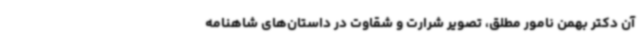
آن دکتر بهمن نامور مطلق، تصویر شرارت و شقاوت در داستان‌های شاهنامه